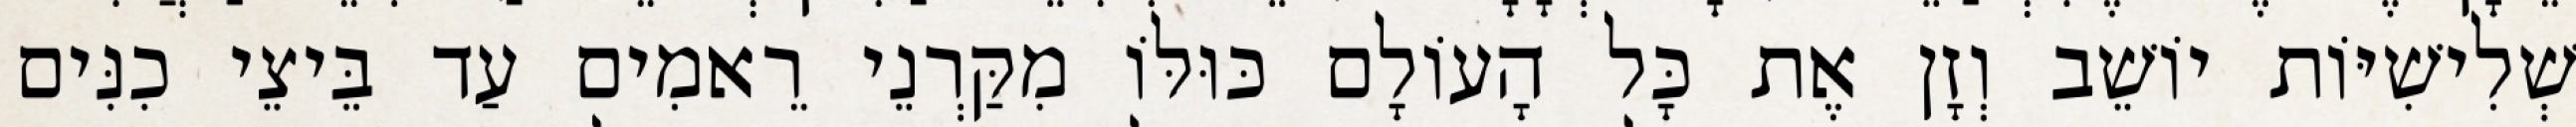
שְׁלִישִׁיּוֹת יוֹשֵׁב וְזָן אֶת כָּל הָעוֹלָם כּוּלּוֹ מִקַּרְנֵי רֵאמִים עַד בֵּיצֵי כִנִּים